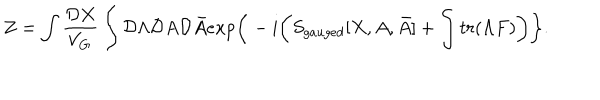
Z = \int { \frac { { \cal D } X } { V _ { \bf G } } } \int { \cal D } \Lambda { \cal D } A { \cal D } \bar { A } e x p \bigg \{ - i \bigg ( S _ { g a u g e d } [ X , A , \bar { A } ] + \int t r ( \Lambda F ) \bigg ) \bigg \} .